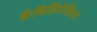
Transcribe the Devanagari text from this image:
कैबिलिनेशियन